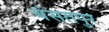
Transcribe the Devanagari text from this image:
बंसतपुर